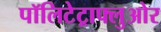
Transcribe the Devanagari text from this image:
पॉलिटेट्राफ्लुओर